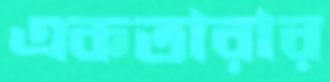
একতারার